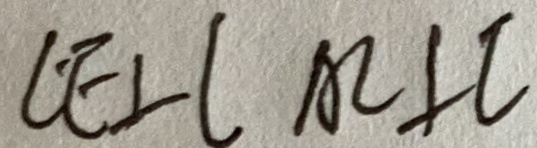
C E \bot l A C \bot l